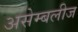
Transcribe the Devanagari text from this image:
असेम्बलीज